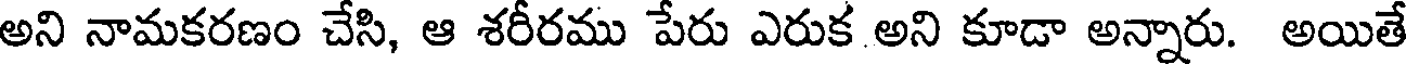
అని నామకరణం చేసి, ఆ శరీరము పేరు ఎరుక అని కూడా అన్నారు. అయితే